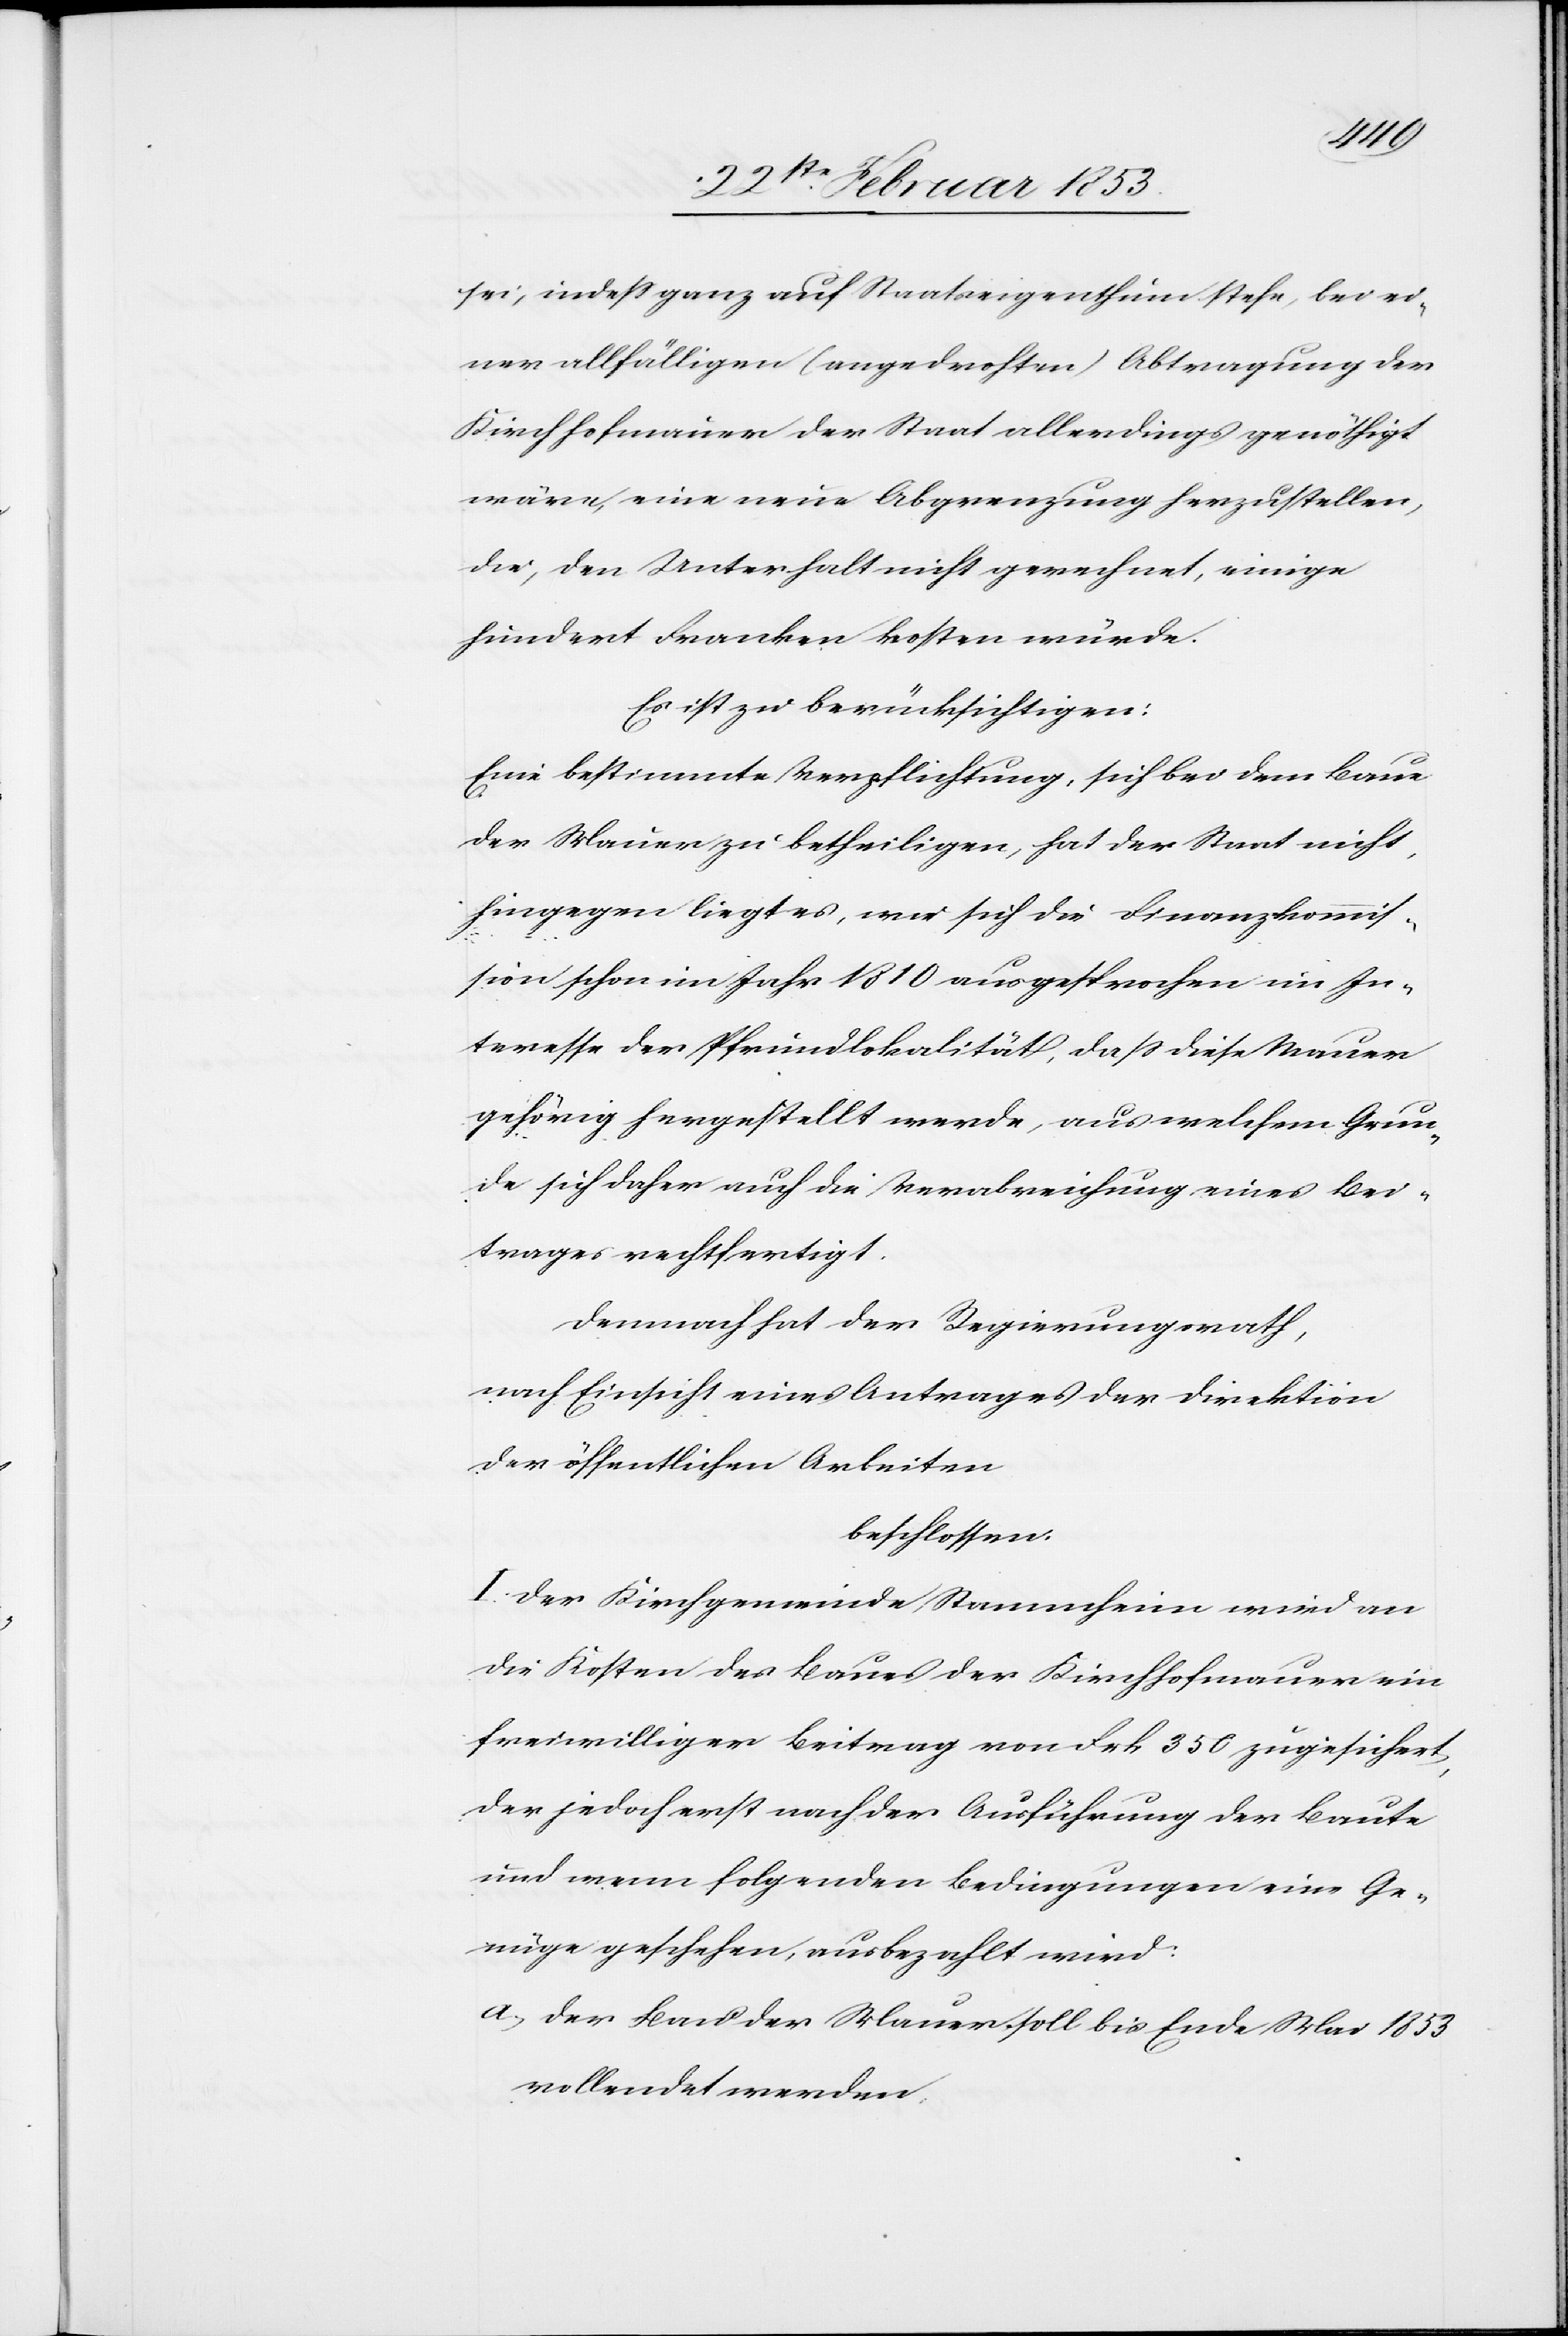
sei, indeß ganz auf Staatseigenthum stehe, bei ei¬
ner allfälligen (angedrohten) Abtretung der
Kirchhofmauer der Staat allerdings genöthigt
wäre, eine neue Abgrenzung herzustellen,
die, den Unterhalt nicht gerechnet, einige
hundert Franken kosten würde.
Es ist zu berücksichtigen:
Eine bestimmte Verpflichtung, sich bei dem Baue
der Mauer zu betheiligen, hat der Staat nicht,
hingegen liegt es, wie sich die Finanzkommis¬
sion schon im Jahre 1810 ausgesprochen im In¬
teresse der Pfrundlokalität, daß diese Mauer
gehörig hergestellt werde, aus welchem Grun¬
de sich daher auch die Verabreichung eines Bei¬
trages rechtfertigt.
Demnach hat der Regierungsrath,
nach Einsicht eines Antrages der Direktion
der öffentlichen Arbeiten.
beschlossen.
I. Der Kirchgemeinde Stammheim wird a¬
n Kosten des Baues der Kirchhofmauer ein
freiwilliger Beitrag von Frk. 350 zugesichert,
der jedoch erst nach der Ausführung der Baute
und wenn folgenden Bedingungen ein Ge¬
nüge geschehen, ausbezahlt wird:
a, der Bau der Mauer soll bis Ende Mai 1853
vollendet werden,